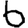
Digit: 6